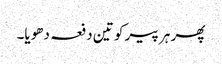
پھر ہر پیر کو تین دفعہ دھویا۔